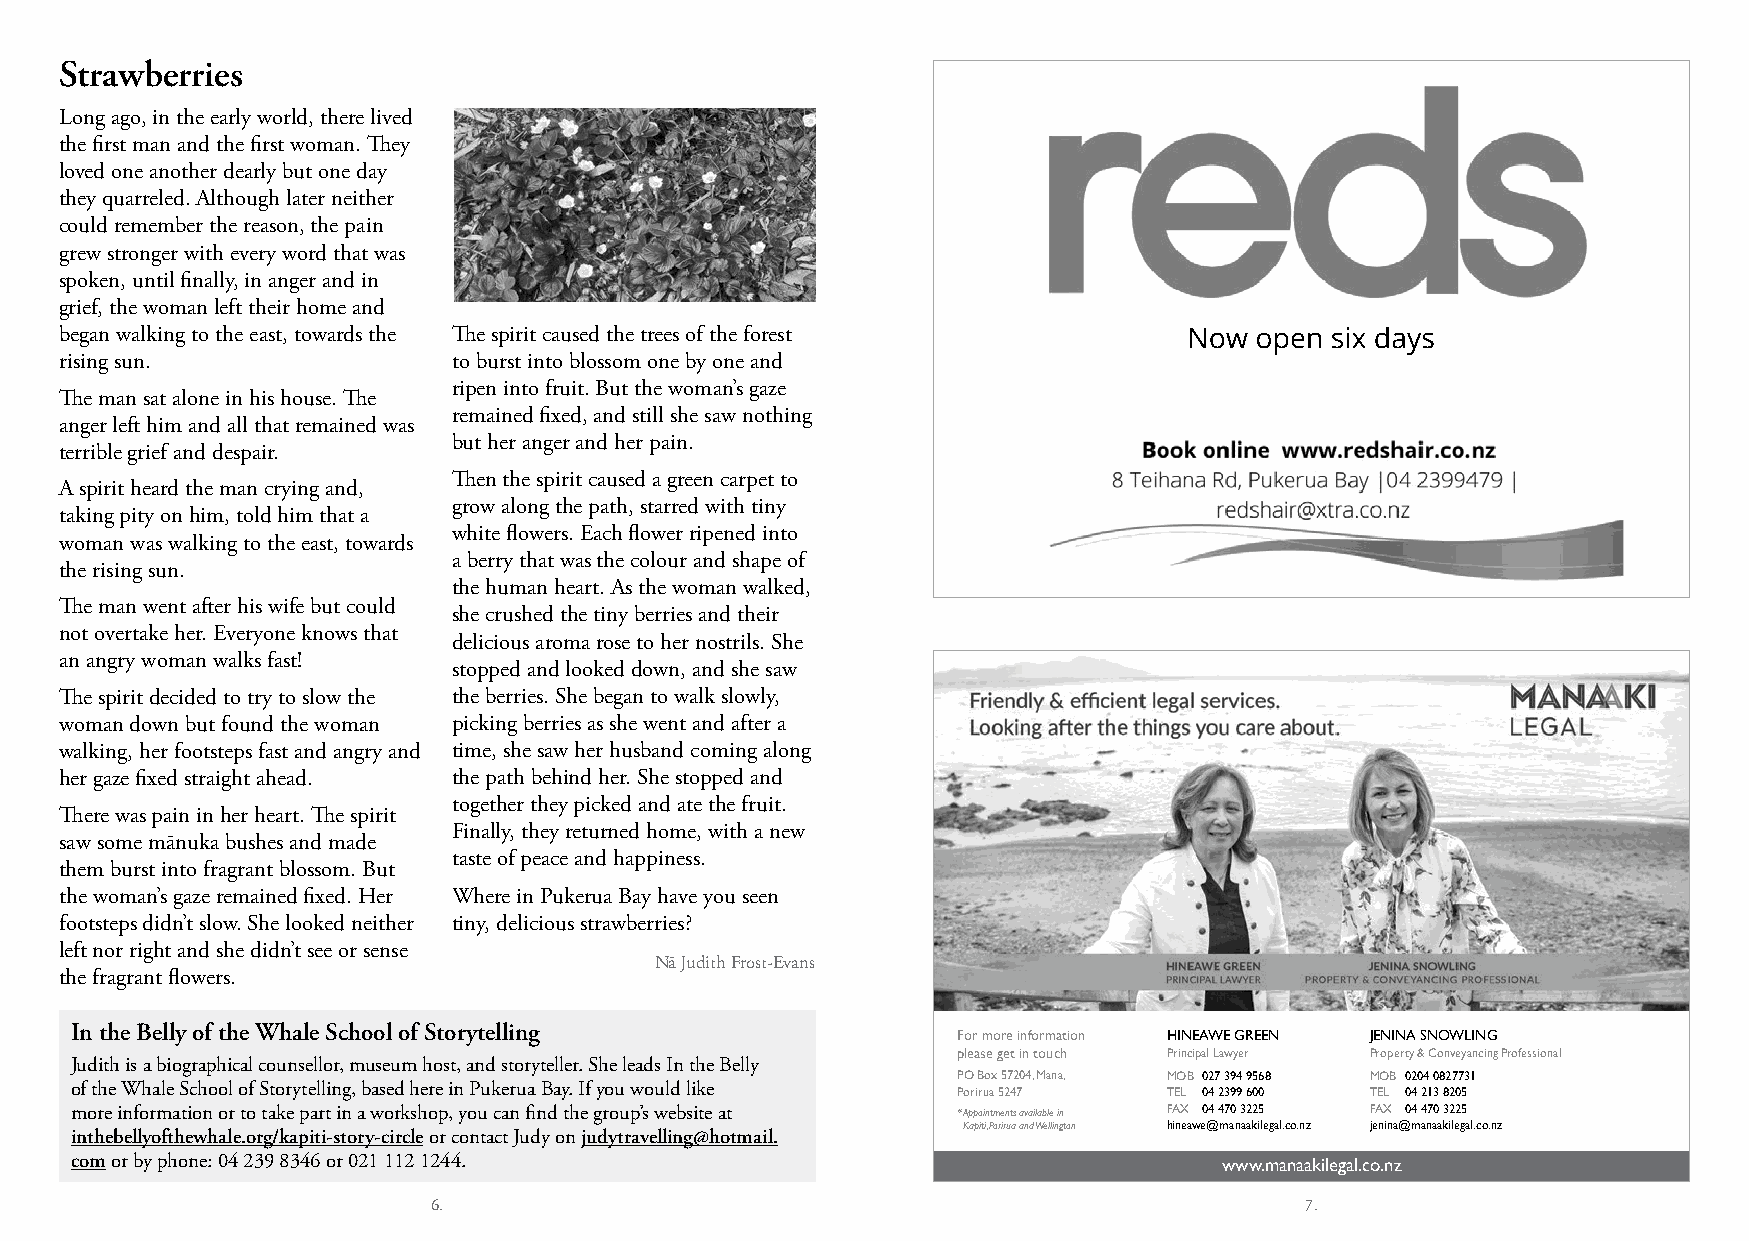
Strawberries
 Long ago, in the early world, there lived
 the first man and the first woman. They
 loved one another dearly but one day
 they quarreled. Although later neither
 could remember the reason, the pain
 grew stronger with every word that was
 spoken, until finally, in anger and in
 grief, the woman left their home and
 began walking to the east, towards the The spirit caused the trees of the forest Now open six days
 rising sun.               to burst into blossom one by one and
 ripen into fruit. But the woman’s gaze
 The man sat alone in his house. The
 remained fixed, and still she saw nothing
 anger left him and all that remained was
 but her anger and her pain.
 terrible grief and despair.
 Then the spirit caused a green carpet to
 A spirit heard the man crying and,
 grow along the path, starred with tiny
 taking pity on him, told him that a
 white flowers. Each flower ripened into
 woman was walking to the east, towards
 a berry that was the colour and shape of
 the rising sun.
 the human heart. As the woman walked,
 The man went after his wife but could
 she crushed the tiny berries and their
 not overtake her. Everyone knows that
 delicious aroma rose to her nostrils. She
 an angry woman walks fast!
 stopped and looked down, and she saw
 The spirit decided to try to slow the the berries. She began to walk slowly,
 woman down but found the woman picking berries as she went and after a
 walking, her footsteps fast and angry and time, she saw her husband coming along
 her gaze fixed straight ahead. the path behind her. She stopped and
 together they picked and ate the fruit.
 There was pain in her heart. The spirit
 Finally, they returned home, with a new
 saw some mānuka bushes and made
 taste of peace and happiness.
 them burst into fragrant blossom. But
 the woman’s gaze remained fixed. Her Where in Pukerua Bay have you seen
 footsteps didn’t slow. She looked neither tiny, delicious strawberries?
 left nor right and she didn’t see or sense
 Nā Judith Frost-Evans
 the fragrant flowers.
 In the Belly of the Whale School of Storytelling
 For more information HINEAWE GREEN JENINA SNOWLING
 please get in touch Principal Lawyer Property & Conveyancing Professional
 Judith is a biographical counsellor, museum host, and storyteller. She leads In the Belly
 PO Box 57204, Mana, MOB 027 394 9568 MOB 0204 0827731
 of the Whale School of Storytelling, based here in Pukerua Bay. If you would like Porirua 5247 TEL 04 2399 600 TEL 04 213 8205
 more information or to take part in a workshop, you can find the group’s website at * Appointments available in FAX 04 470 3225 FAX 04 470 3225
 Kapiti, Porirua and Wellington hineawe@manaakilegal.co.nz jenina@manaakilegal.co.nz
 inthebellyofthewhale.org/kapiti-story-circle or contact Judy on judytravelling@hotmail.
 com or by phone: 04 239 8346 or 021 112 1244.                               www.manaakilegal.co.nz
 6.                                                       7.